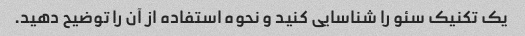
یک تکنیک سئو را شناسایی کنید و نحوه استفاده از آن را توضیح دهید.